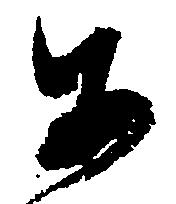
あ